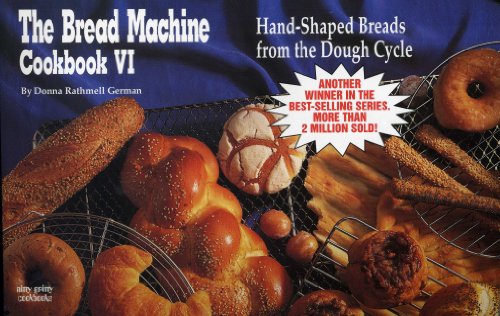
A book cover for The Bread Machine Cookbook VI: Hand Shaped Breads from the Dough Cycle (Nitty Gritty Cookbooks); Donna Rathmell German; Cookbooks, Food & Wine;